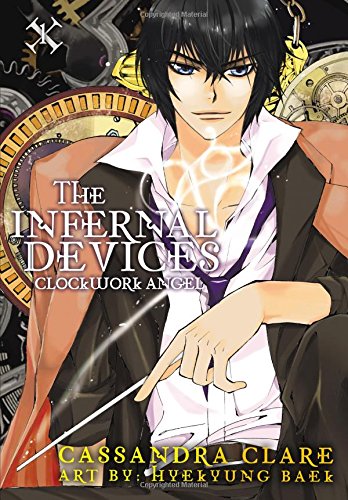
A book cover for The Infernal Devices: Clockwork Angel; Cassandra Clare; Comics & Graphic Novels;